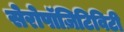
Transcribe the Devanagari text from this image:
सेरोपॉज़िटिविटी